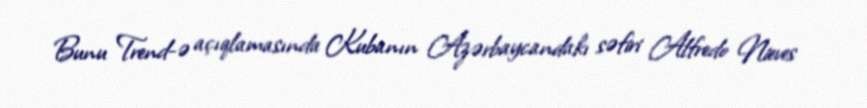
Bunu Trend-ə açıqlamasında Kubanın Azərbaycandakı səfiri Alfredo Nieves